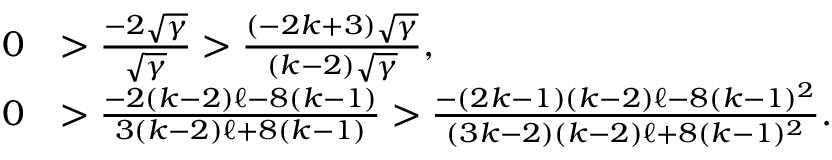
\begin{array} { r l } { 0 } & { > \frac { - 2 \sqrt { \gamma } } { \sqrt { \gamma } } > \frac { ( - 2 k + 3 ) \sqrt { \gamma } } { ( k - 2 ) \sqrt { \gamma } } , } \\ { 0 } & { > \frac { - 2 ( k - 2 ) \ell - 8 ( k - 1 ) } { 3 ( k - 2 ) \ell + 8 ( k - 1 ) } > \frac { - ( 2 k - 1 ) ( k - 2 ) \ell - 8 ( k - 1 ) ^ { 2 } } { ( 3 k - 2 ) ( k - 2 ) \ell + 8 ( k - 1 ) ^ { 2 } } . } \end{array}